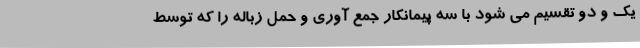
یک و دو تقسیم می شود با سه پیمانکار جمع آوری و حمل زباله را که توسط